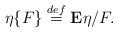
LaTeX: \begin{align*} \eta\{F\} \stackrel{def}{=} {\bf E}\eta/F.\end{align*}